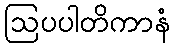
ဩပပါတိကာနံ